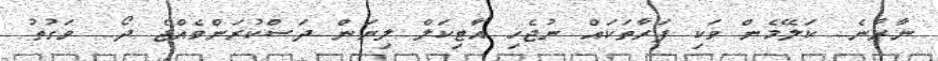
ނާރާނެ.. ކަލޭމެން ވަކި ފަރާތަކައް ނުޖެހި އާޓިކަލް ލިޔަން ދަސްކުރަންވެއްޖެ ދޯ.. ވަގުތު